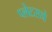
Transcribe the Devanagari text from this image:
प्लेटसचे